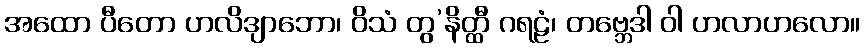
အထော ပီတော ဟလိဒျာဘော၊ ဝိသံ တွ’နိတ္ထီ ဂရဠံ၊ တဗ္ဘေဒါ ဝါ ဟလာဟလော။